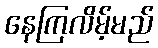
နေကြလိမ့်မည်